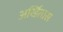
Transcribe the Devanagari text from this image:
अर्खितास